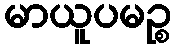
မာယူပမဉ္စ